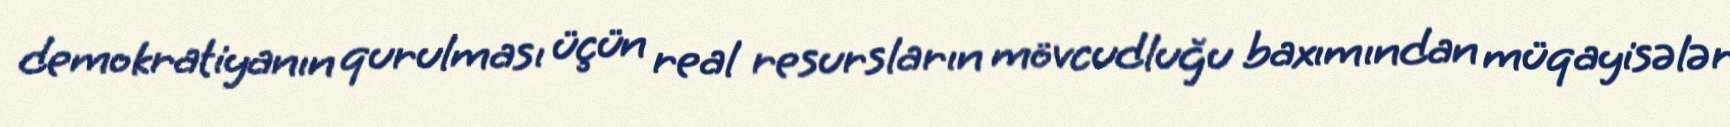
demokratiyanın qurulması üçün real resursların mövcudluğu baxımından müqayisələr